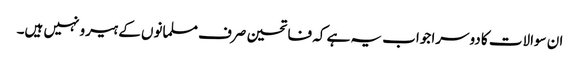
ان سوالات کا دوسرا جواب یہ ہے کہ فاتحین صرف مسلمانوں کے ہیرو نہیں ہیں۔